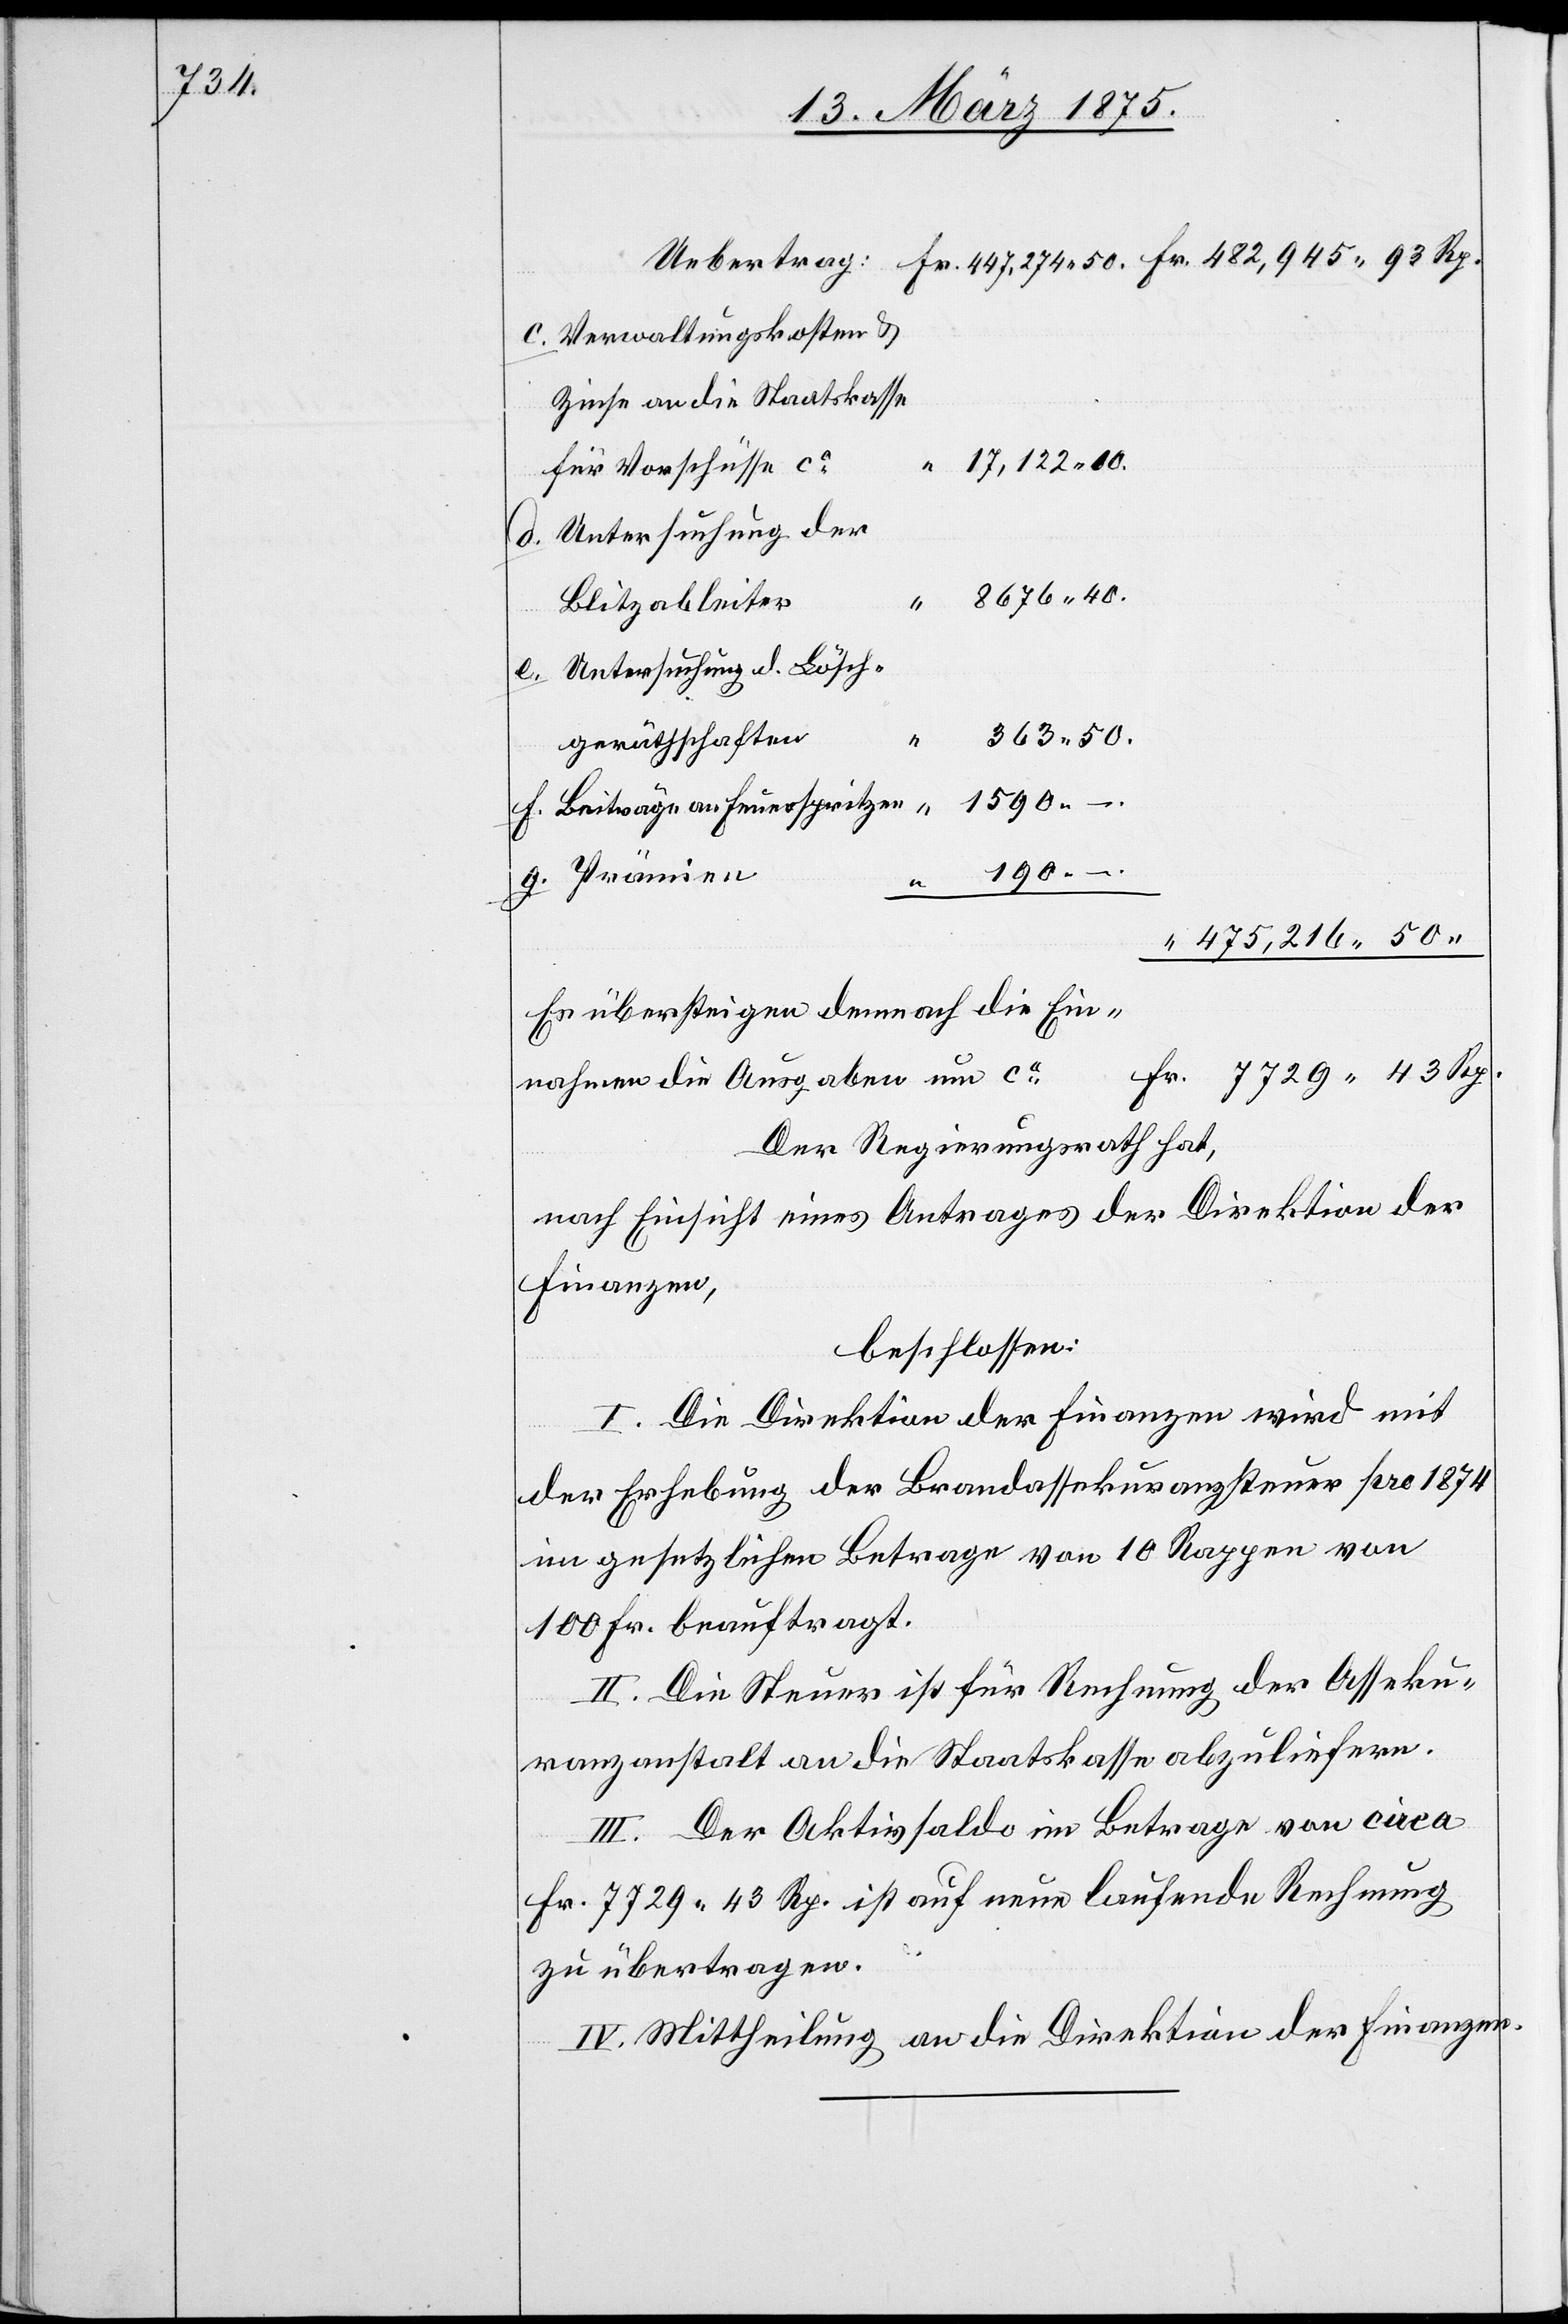
Verwaltungskosten &
Zinse an die Staatskasse
17,122 10.
für Vorschüsse ca
Untersuchung der
Blitzableiter
Untersuchung d. Lösch¬
363 50.
gerätschaften
d.
1590 –.
Beiträge an Feuerspritzen
g.
190
“
475,216 50
Es übersteigen demnach die Ein¬
nahmen die Ausgaben um ca
Der Regierungsrath hat,
nach Einsicht eines Antrages der Direktion der
Finanzen,
beschlossen:
I. Die Direktion der Finanzen wird mit
der Erhebung der Brandassekuranzsteuer pro 1874
im gesetzlichen Betrage von 10 Rappen von
100 Fr. beauftragt.
II. Die Steuer ist für Rechnung der Asseku¬
ranzanstalt an die Staatskasse abzuliefern.
III. Der Aktivsaldo im Betrage von circa
Fr. 7729 43 Rp. ist auf neue laufende Rechnung
zu übertragen.
IV. Mittheilung an die Direktion der Finanzen.